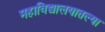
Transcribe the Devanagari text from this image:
महाविद्यालयातल्या